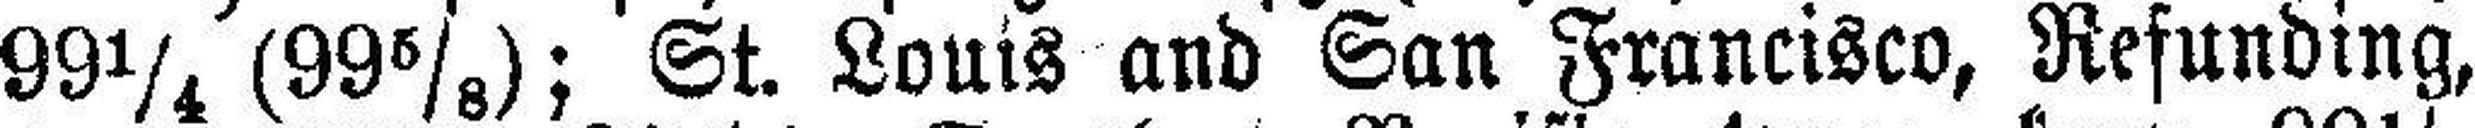
99¼ (99⅝); St. Louis and San Francisco, Refunding,